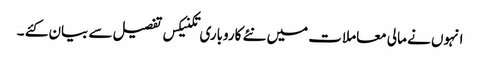
انہوں نے مالی معاملات میں نئے کاروباری تکنیکس تفصیل سے بیان کئے ۔